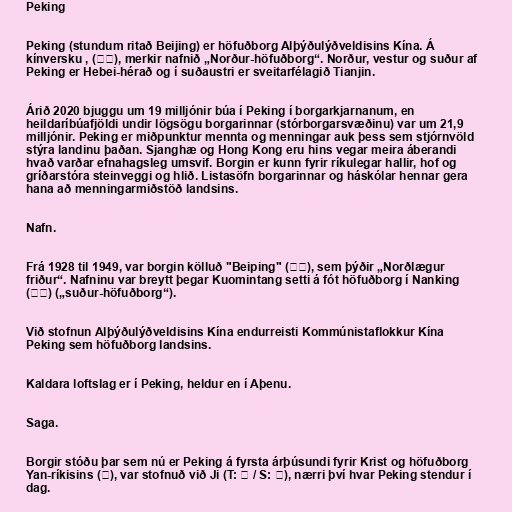
Peking

Peking (stundum ritað Beijing) er höfuðborg Alþýðulýðveldisins Kína. Á
kínversku , (北京), merkir nafnið „Norður-höfuðborg“. Norður, vestur og suður af
Peking er Hebei-hérað og í suðaustri er sveitarfélagið Tianjin.

Árið 2020 bjuggu um 19 milljónir búa í Peking í borgarkjarnanum, en
heildaríbúafjöldi undir lögsögu borgarinnar (stórborgarsvæðinu) var um 21,9
milljónir. Peking er miðpunktur mennta og menningar auk þess sem stjórnvöld
stýra landinu þaðan. Sjanghæ og Hong Kong eru hins vegar meira áberandi
hvað varðar efnahagsleg umsvif. Borgin er kunn fyrir ríkulegar hallir, hof og
gríðarstóra steinveggi og hlið. Listasöfn borgarinnar og háskólar hennar gera
hana að menningarmiðstöð landsins.

Nafn.

Frá 1928 til 1949, var borgin kölluð "Beiping" (北平), sem þýðir „Norðlægur
friður“. Nafninu var breytt þegar Kuomintang setti á fót höfuðborg í Nanking
(南京) („suður-höfuðborg“).

Við stofnun Alþýðulýðveldisins Kína endurreisti Kommúnistaflokkur Kína
Peking sem höfuðborg landsins.

Kaldara loftslag er í Peking, heldur en í Aþenu.

Saga.

Borgir stóðu þar sem nú er Peking á fyrsta árþúsundi fyrir Krist og höfuðborg
Yan-ríkisins (燕), var stofnuð við Ji (T: 薊 / S: 蓟), nærri því hvar Peking stendur í
dag.